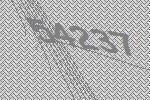
54237